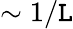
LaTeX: \sim1/\mathtt{L}